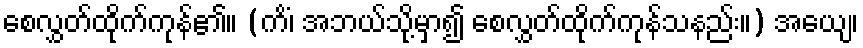
စေလွှတ်ထိုက်ကုန်၏။ (ကိံ၊ အဘယ်သို့မှာ၍ စေလွှတ်ထိုက်ကုန်သနည်း။) အယျေ၊